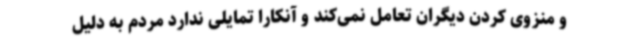
و منزوی کردن دیگران تعامل نمی‌کند و آنکارا تمایلی ندارد مردم به دلیل